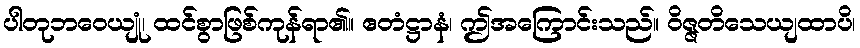
ပါတုဘဝေယျုံ၊ ထင်စွာဖြစ်ကုန်ရာ၏။ ဧတံဋ္ဌာနံ၊ ဤအကြောင်းသည်။ ဝိဇ္ဇတိသေယျထာပိ၊